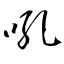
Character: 吼